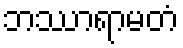
ဘဿာရာမတံ